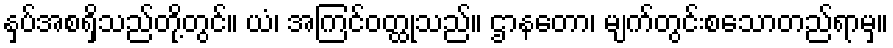
နှပ်အစရှိသည်တို့တွင်။ ယံ၊ အကြင်ဝတ္ထုသည်။ ဌာနတော၊ မျက်တွင်းစသောတည်ရာမှ။